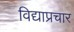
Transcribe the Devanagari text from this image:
विद्याप्रचार